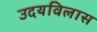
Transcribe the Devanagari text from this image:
उदयविलास